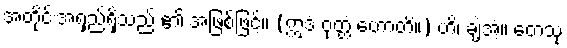
အတိုင်းအရှည်ရှိသည် ၏ အဖြစ်ဖြင့်။ (ဣဒံ ဝုတ္တံ ဟောတိ။) ဟိ၊ ချဲ့အံ့။ တေသု